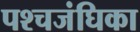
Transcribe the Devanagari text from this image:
पश्चजंघिका